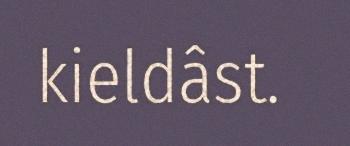
kieldâst.